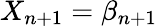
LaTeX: X_{n+1}=\beta_{n+1}